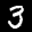
Label: 3